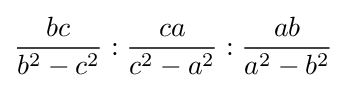
{\frac {bc}{b^{2}-c^{2}}}:{\frac {ca}{c^{2}-a^{2}}}:{\frac {ab}{a^{2}-b^{2}}}